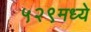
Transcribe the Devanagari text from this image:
५२९मध्ये